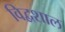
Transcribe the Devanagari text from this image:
विद्वशाल